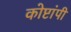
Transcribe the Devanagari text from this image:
कोष्टांपी